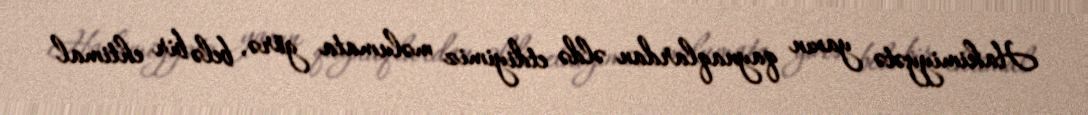
Hakimiyyətə yaxın qaynaqlardan əldə etdiyimiz məlumata görə, belə bir ehtimal